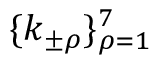
\{ k _ { \pm \rho } \} _ { \rho = 1 } ^ { 7 }